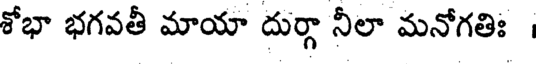
శోభా భగవతీ మాయా దుర్గా నీలా మనోగతిః